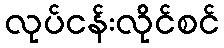
လုပ်ငန်းလိုင်စင်